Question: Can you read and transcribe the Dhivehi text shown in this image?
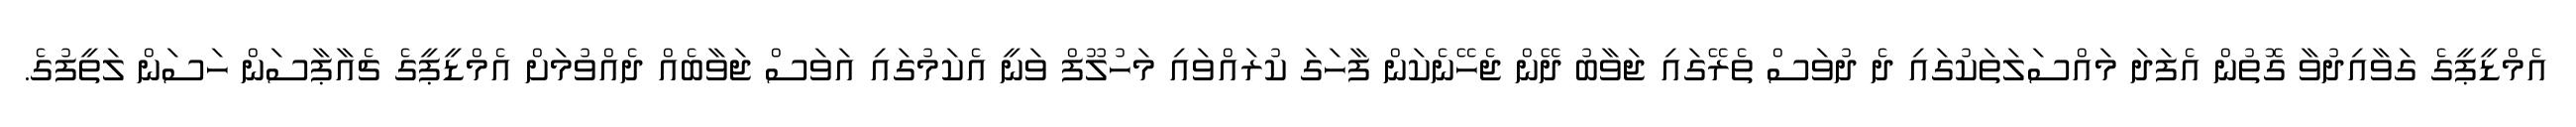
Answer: އެމްޑީޕީގެ ގަވާއިދުވާ ގޮތުން އެފަދަ މައްސަލަތަކުގައި ދެ ދުވަސް ތެރޭގައި ޖަވާބު ދޭން ޖެހޭނެކަން ފާހަގަ ކުރައްވައި މަހުލޫފް ވަނީ އެކަމުގައި އަވަސް ޖަވާބެއް ދެއްވުމަށް އެމްޑީޕީގެ ޗެއާޕާސަން ހަސަން ލަތީފުގެ.